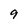
Character: 9